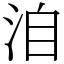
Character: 洎